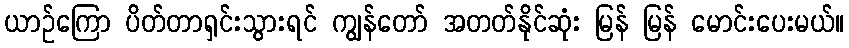
ယာဉ်ကြော ပိတ်တာရှင်းသွားရင် ကျွန်တော် အတတ်နိုင်ဆုံး မြန် မြန် မောင်းပေးမယ်။